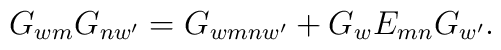
G_{wm} G_{nw^{\prime}} = G_{wmnw^{\prime}} +G_{w}E_{mn}G_{w^{\prime}}.